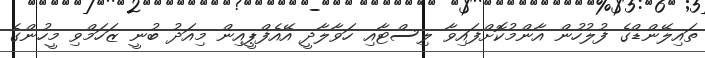
ތައިލޭންޑްގެ ފުލުހުން އާންމުކޮށްފައިވާ ލިސްޓާއި ހަވާލާދީ އޭއެފްޕީއިން މިއަދު ބުނީ ޒަހަމްވި މީހުންގެ